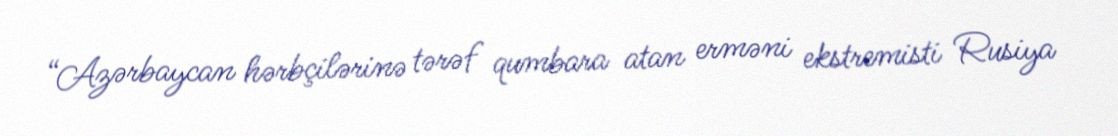
“Azərbaycan hərbçilərinə tərəf qumbara atan erməni ekstremisti Rusiya